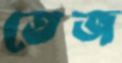
তেজ